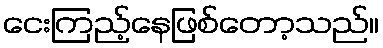
ငေးကြည့်နေဖြစ်တော့သည်။